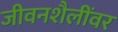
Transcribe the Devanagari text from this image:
जीवनशैलींवर